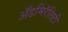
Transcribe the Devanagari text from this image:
ॲडमिरॅलिटी